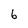
Character: 6